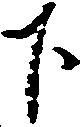
下